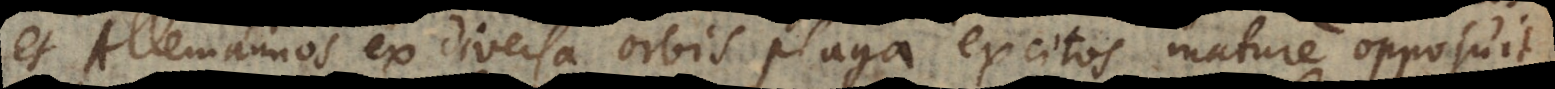
et Allemannos ex diversa orbis plaga excitos mature opposuit,